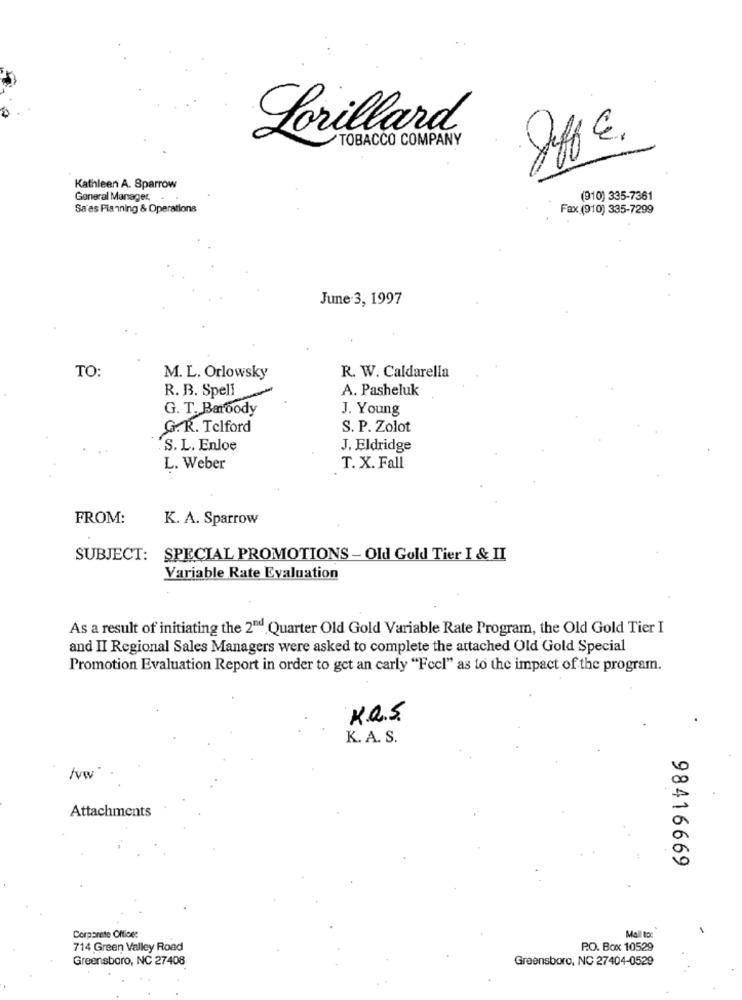
Lorillard
TOBACCO COMPANY
affe.
Kathleen A. Sparrow
General Manager,
(910) 335-7361
Sa es Planning & Operations
Fax (910) 335-7299
June.3, 1997
TO:
R. W. Caldarella
M. L. Orlowsky
R. B. Spell
A. Pasheluk
G. T. Baroody
J. Young
G. R. Telford
S. P. Zolot
S. L. Enloe
J. Eldridge
L. Weber
T. X. Fall
FROM:
K. A. Sparrow
SUBJECT: SPECIAL PROMOTIONS - Old Gold Tier I & II
Variable Rate Evaluation
As a result of initiating the 2" Quarter Old Gold Variable Rate Program, the Old Gold Tier I
and II Regional Sales Managers were asked to complete the attached Old Gold Special
Promotion Evaluation Report in order to get an carly "Feel" as to the impact of the program.
K.a.S.
K. A. S.
Attachments
98416669
Mail to:
1
Corporate Office:
714 Green Valley Road
P.O. Box 10529
Greensboro, NC 27408
Greensboro, NC 27404-0529